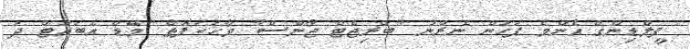
ފީލްޑިންގް އެންމެ ފަހުން ނެރުނު "ބްރިޖެޓް ޖޯންސް" ވާހަކަފޮތް "މޭޑް އެބައުޓް ދަ